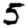
Digit: 5